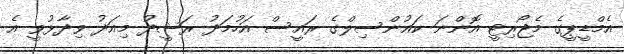
އެމްޑީޕީގެ މެޖޯރިޓީ އޮންނަ ކައުންސިލްގެ ރައީސް އަހުމަދު ރަޝީދު މިއަދު ވިދާޅުވީ އެ